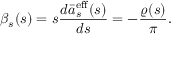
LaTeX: \beta _ { s } ( s ) = s \frac { d \bar { a } _ { s } ^ { \mathrm { e f f } } ( s ) } { d s } = - \frac { \varrho ( s ) } { \pi } .